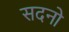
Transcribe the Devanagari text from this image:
सदनो